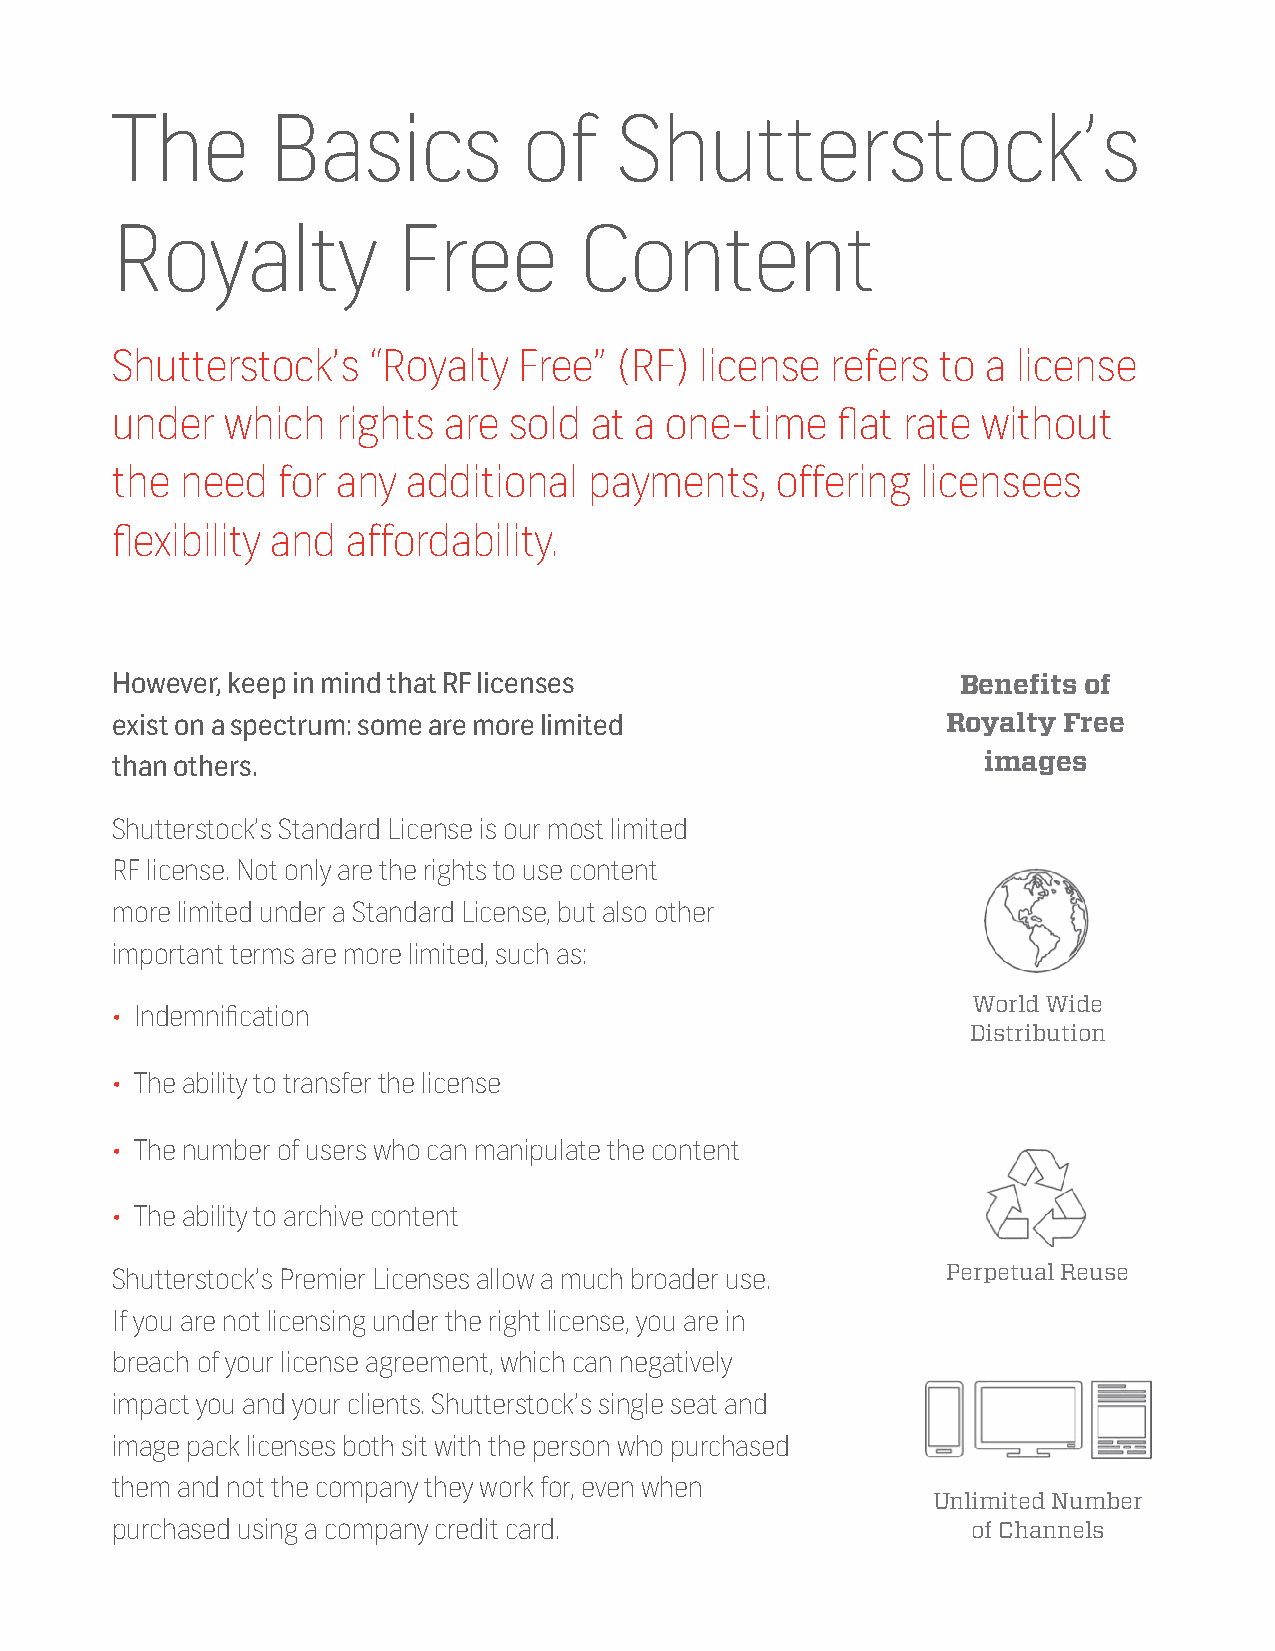
The        Basics           of    Shutterstock’s
 Royalty            Free        Content
 Shutterstock’s   “Royalty  Free”  (RF) license  refers to a license
 under   which  rights are  sold at a one-time   flat rate without
 the  need  for any  additional  payments,   offering  licensees
 flexibility and affordability.
 However, keep in mind that RF licenses                   Benefits of
 exist on a spectrum: some are more limited              Royalty Free
 than others.                                              images
 Shutterstock’s Standard License is our most limited
 RF license. Not only are the rights to use content
 more limited under a Standard License, but also other
 important terms are more limited, such as:
 World Wide
 • Indemnification
 Distribution
 • The ability to transfer the license
 • The number of users who can manipulate the content
 • The ability to archive content
 Shutterstock’s Premier Licenses allow a much broader use. Perpetual Reuse
 If you are not licensing under the right license, you are in
 breach of your license agreement, which can negatively
 impact you and your clients. Shutterstock’s single seat and
 image pack licenses both sit with the person who purchased
 them and not the company they work for, even when
 Unlimited Number
 purchased using a company credit card.                   of Channels